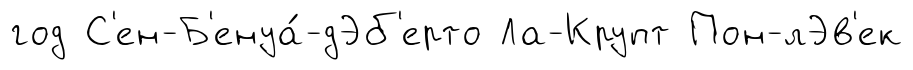
год С'ен-Б'енуа́-дЭб'ерто Ла-Крупт Пон-лЭв'ек